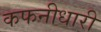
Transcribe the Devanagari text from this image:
कफनीधारी